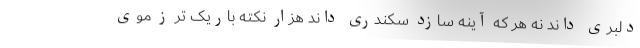
دلبری داند نه هر که آینه سازد سکندری داند هزار نکته باریک تر ز موی